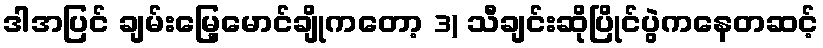
ဒါအပြင် ချမ်းမြေ့မောင်ချိုကတော့ 3) သီချင်းဆိုပြိုင်ပွဲကနေတဆင့်